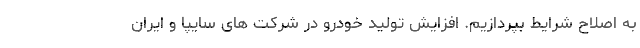
به اصلاح شرایط بپردازیم. افزایش تولید خودرو در شرکت های سایپا و ایران